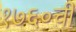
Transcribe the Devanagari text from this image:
१७६०ची